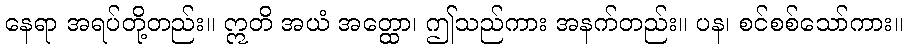
နေရာ အရပ်တို့တည်း။ ဣတိ အယံ အတ္ထော၊ ဤသည်ကား အနက်တည်း။ ပန၊ စင်စစ်သော်ကား။